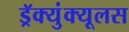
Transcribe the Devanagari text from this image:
ड्रॅक्युंक्यूलस